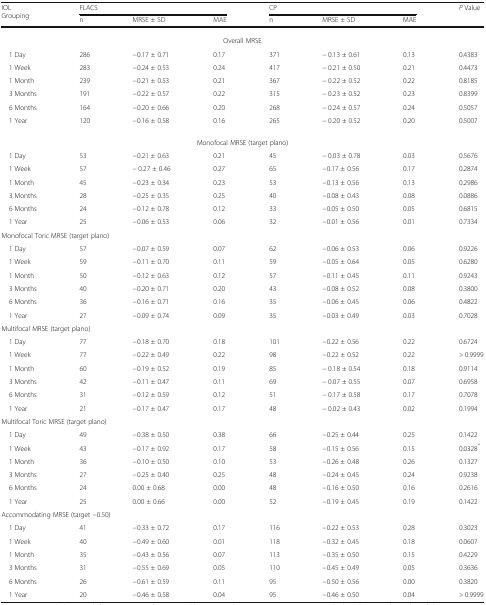
<table><thead><tr><td rowspan="2"><b>IOL Grouping</b></td><td colspan="3"><b>FLACS</b></td><td colspan="3"><b>CP</b></td><td rowspan="2"><b><i>P</i> Value</b></td></tr><tr><td><b>n</b></td><td><b>MRSE ± SD</b></td><td><b>MAE</b></td><td><b>n</b></td><td><b>MRSE ± SD</b></td><td><b>MAE</b></td></tr></thead><tbody><tr><td colspan="8">Overall MRSE</td></tr><tr><td> 1 Day</td><td>286</td><td>−0.17 ± 0.71</td><td>0.17</td><td>371</td><td>− 0.13 ± 0.61</td><td>0.13</td><td>0.4383</td></tr><tr><td> 1 Week</td><td>283</td><td>−0.24 ± 0.53</td><td>0.24</td><td>417</td><td>− 0.21 ± 0.50</td><td>0.21</td><td>0.4473</td></tr><tr><td> 1 Month</td><td>239</td><td>−0.21 ± 0.53</td><td>0.21</td><td>367</td><td>− 0.22 ± 0.52</td><td>0.22</td><td>0.8185</td></tr><tr><td> 3 Months</td><td>191</td><td>−0.22 ± 0.57</td><td>0.22</td><td>315</td><td>− 0.23 ± 0.52</td><td>0.23</td><td>0.8399</td></tr><tr><td> 6 Months</td><td>164</td><td>−0.20 ± 0.66</td><td>0.20</td><td>268</td><td>− 0.24 ± 0.57</td><td>0.24</td><td>0.5057</td></tr><tr><td> 1 Year</td><td>120</td><td>−0.16 ± 0.58</td><td>0.16</td><td>265</td><td>− 0.20 ± 0.52</td><td>0.20</td><td>0.5007</td></tr><tr><td colspan="8">Monofocal MRSE (target plano)</td></tr><tr><td> 1 Day</td><td>53</td><td>−0.21 ± 0.63</td><td>0.21</td><td>45</td><td>− 0.03 ± 0.78</td><td>0.03</td><td>0.5676</td></tr><tr><td> 1 Week</td><td>57</td><td>− 0.27 ± 0.46</td><td>0.27</td><td>65</td><td>−0.17 ± 0.56</td><td>0.17</td><td>0.2874</td></tr><tr><td> 1 Month</td><td>45</td><td>−0.23 ± 0.34</td><td>0.23</td><td>53</td><td>−0.13 ± 0.56</td><td>0.13</td><td>0.2986</td></tr><tr><td> 3 Months</td><td>28</td><td>−0.25 ± 0.35</td><td>0.25</td><td>40</td><td>−0.08 ± 0.43</td><td>0.08</td><td>0.0886</td></tr><tr><td> 6 Months</td><td>24</td><td>−0.12 ± 0.78</td><td>0.12</td><td>33</td><td>−0.05 ± 0.50</td><td>0.05</td><td>0.6815</td></tr><tr><td> 1 Year</td><td>25</td><td>−0.06 ± 0.53</td><td>0.06</td><td>32</td><td>−0.01 ± 0.56</td><td>0.01</td><td>0.7334</td></tr><tr><td colspan="8">Monofocal Toric MRSE (target plano)</td></tr><tr><td> 1 Day</td><td>57</td><td>−0.07 ± 0.59</td><td>0.07</td><td>62</td><td>−0.06 ± 0.53</td><td>0.06</td><td>0.9226</td></tr><tr><td> 1 Week</td><td>59</td><td>−0.11 ± 0.70</td><td>0.11</td><td>59</td><td>−0.05 ± 0.64</td><td>0.05</td><td>0.6280</td></tr><tr><td> 1 Month</td><td>50</td><td>−0.12 ± 0.63</td><td>0.12</td><td>57</td><td>−0.11 ± 0.45</td><td>0.11</td><td>0.9243</td></tr><tr><td> 3 Months</td><td>40</td><td>−0.20 ± 0.71</td><td>0.20</td><td>43</td><td>−0.08 ± 0.52</td><td>0.08</td><td>0.3800</td></tr><tr><td> 6 Months</td><td>36</td><td>−0.16 ± 0.71</td><td>0.16</td><td>35</td><td>−0.06 ± 0.45</td><td>0.06</td><td>0.4822</td></tr><tr><td> 1 Year</td><td>27</td><td>−0.09 ± 0.74</td><td>0.09</td><td>35</td><td>−0.03 ± 0.49</td><td>0.03</td><td>0.7028</td></tr><tr><td colspan="8">Multifocal MRSE (target plano)</td></tr><tr><td> 1 Day</td><td>77</td><td>−0.18 ± 0.70</td><td>0.18</td><td>101</td><td>−0.22 ± 0.56</td><td>0.22</td><td>0.6724</td></tr><tr><td> 1 Week</td><td>77</td><td>−0.22 ± 0.49</td><td>0.22</td><td>98</td><td>−0.22 ± 0.52</td><td>0.22</td><td>&gt; 0.9999</td></tr><tr><td> 1 Month</td><td>60</td><td>−0.19 ± 0.52</td><td>0.19</td><td>85</td><td>− 0.18 ± 0.54</td><td>0.18</td><td>0.9114</td></tr><tr><td> 3 Months</td><td>42</td><td>−0.11 ± 0.47</td><td>0.11</td><td>69</td><td>− 0.07 ± 0.55</td><td>0.07</td><td>0.6958</td></tr><tr><td> 6 Months</td><td>31</td><td>−0.12 ± 0.59</td><td>0.12</td><td>51</td><td>− 0.17 ± 0.58</td><td>0.17</td><td>0.7078</td></tr><tr><td> 1 Year</td><td>21</td><td>−0.17 ± 0.47</td><td>0.17</td><td>48</td><td>− 0.02 ± 0.43</td><td>0.02</td><td>0.1994</td></tr><tr><td colspan="8">Multifocal Toric MRSE (target plano)</td></tr><tr><td> 1 Day</td><td>49</td><td>−0.38 ± 0.50</td><td>0.38</td><td>66</td><td>−0.25 ± 0.44</td><td>0.25</td><td>0.1422</td></tr><tr><td> 1 Week</td><td>43</td><td>−0.17 ± 0.92</td><td>0.17</td><td>58</td><td>−0.15 ± 0.56</td><td>0.15</td><td>0.0328<sup>*</sup></td></tr><tr><td> 1 Month</td><td>36</td><td>−0.10 ± 0.50</td><td>0.10</td><td>53</td><td>−0.26 ± 0.48</td><td>0.26</td><td>0.1327</td></tr><tr><td> 3 Months</td><td>27</td><td>−0.25 ± 0.40</td><td>0.25</td><td>48</td><td>−0.24 ± 0.45</td><td>0.24</td><td>0.9238</td></tr><tr><td> 6 Months</td><td>24</td><td>0.00 ± 0.68</td><td>0.00</td><td>48</td><td>−0.16 ± 0.50</td><td>0.16</td><td>0.2616</td></tr><tr><td> 1 Year</td><td>25</td><td>0.00 ± 0.66</td><td>0.00</td><td>52</td><td>−0.19 ± 0.45</td><td>0.19</td><td>0.1422</td></tr><tr><td colspan="8">Accommodating MRSE (target −0.50)</td></tr><tr><td> 1 Day</td><td>41</td><td>−0.33 ± 0.72</td><td>0.17</td><td>116</td><td>−0.22 ± 0.53</td><td>0.28</td><td>0.3023</td></tr><tr><td> 1 Week</td><td>40</td><td>−0.49 ± 0.60</td><td>0.01</td><td>118</td><td>−0.32 ± 0.45</td><td>0.18</td><td>0.0607</td></tr><tr><td> 1 Month</td><td>35</td><td>−0.43 ± 0.56</td><td>0.07</td><td>113</td><td>−0.35 ± 0.50</td><td>0.15</td><td>0.4229</td></tr><tr><td> 3 Months</td><td>31</td><td>−0.55 ± 0.69</td><td>0.05</td><td>110</td><td>−0.45 ± 0.49</td><td>0.05</td><td>0.3636</td></tr><tr><td> 6 Months</td><td>26</td><td>−0.61 ± 0.59</td><td>0.11</td><td>95</td><td>−0.50 ± 0.56</td><td>0.00</td><td>0.3820</td></tr><tr><td> 1 Year</td><td>20</td><td>−0.46 ± 0.58</td><td>0.04</td><td>95</td><td>−0.46 ± 0.50</td><td>0.04</td><td>&gt; 0.9999</td></tr></tbody></table>